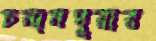
চন্দনপুরার